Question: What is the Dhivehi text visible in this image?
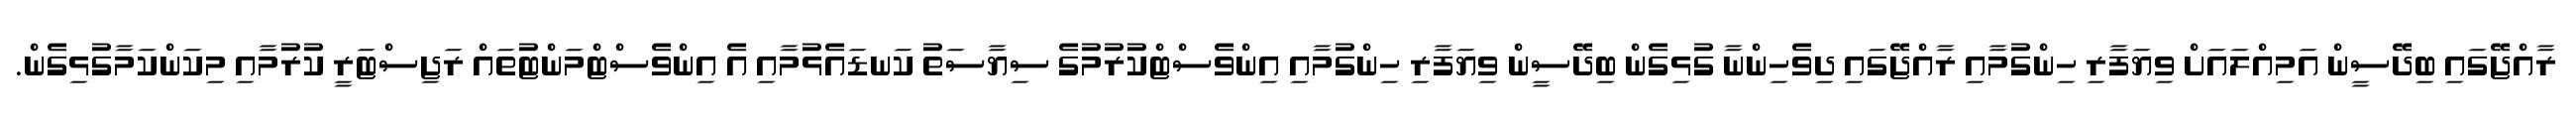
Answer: ރާއްޖޭގައި ބިދޭސީން އަމިއްލައަށް ވިޔަފާރި ހިންގުމާއި ރާއްޖޭގައި ދިވެހިންނާ ގުޅިގެން ބިދޭސީން ވިޔަފާރި ހިންގުމާއި އިންވެސްޓްކުރުމުގެ ސިޔާސަތު ކަނޑައެޅުމާއި އެ އިންވެސްޓްމަންޓުތައް ރަޖިސްޓަރީ ކުރުމާއި މިކަންކަމާގުޅިގެން.